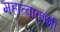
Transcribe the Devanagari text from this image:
महात्वाकांशी